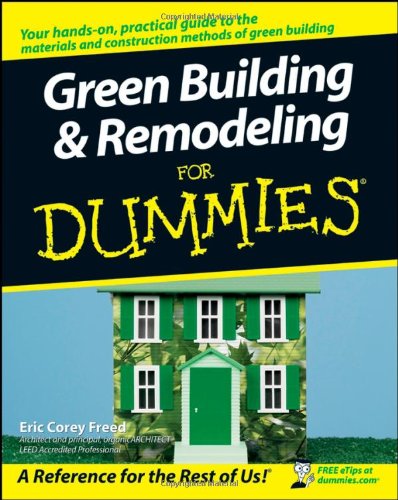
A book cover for Green Building and Remodeling For Dummies; Eric Corey Freed; Crafts, Hobbies & Home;